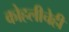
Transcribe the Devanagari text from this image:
कोहलीचेही